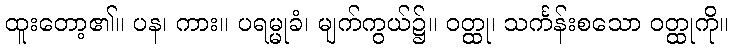
ထူးတော့၏။ ပန၊ ကား။ ပရမ္မုခံ၊ မျက်ကွယ်၌။ ဝတ္ထု၊ သင်္ကန်းစသော ဝတ္ထုကို။